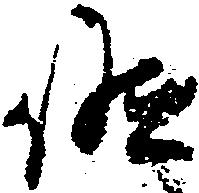
候